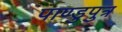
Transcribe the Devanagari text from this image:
पाण्डुपुत्र